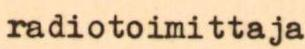
radiotoimittaja